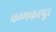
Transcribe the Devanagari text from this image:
कणकापूर